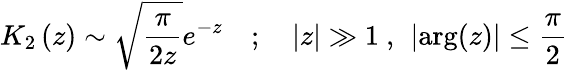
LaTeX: K_{2}\left(z\right)\sim\sqrt{\frac{\pi}{2z}}e^{-z}\quad;\quad|z|\gg 1~,~\left|\mathrm{arg}(z)\right|\le\frac{\pi}{2}